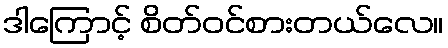
ဒါကြောင့် စိတ်ဝင်စားတယ်လေ။